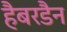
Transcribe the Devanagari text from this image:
हैबरडैन